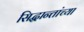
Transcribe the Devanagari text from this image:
सिद्धान्तांच्या